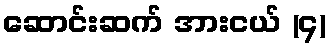
ဆောင်းဆက် အားငယ် (၄)